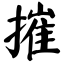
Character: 摧